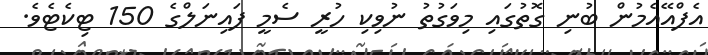
އެފްއޭއެމުން ބުނި ގޮތުގައި މިވަގުތު ނުވިކި ހުރީ ސެމީ ފައިނަލްގެ 150 ޓިކެޓެވެ.